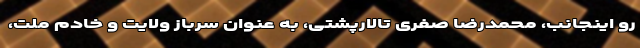
رو اینجانب، محمدرضا صفری تالارپشتی، به عنوان سرباز ولایت و خادم ملت،